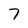
Character: 7